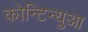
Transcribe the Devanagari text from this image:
कोन्टिन्युआ